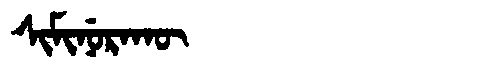
Manchu: ᠰᡳᠮᡳᠨᡠᡵᠠᡴᡡ
Romanization: SIMINURAKŪ